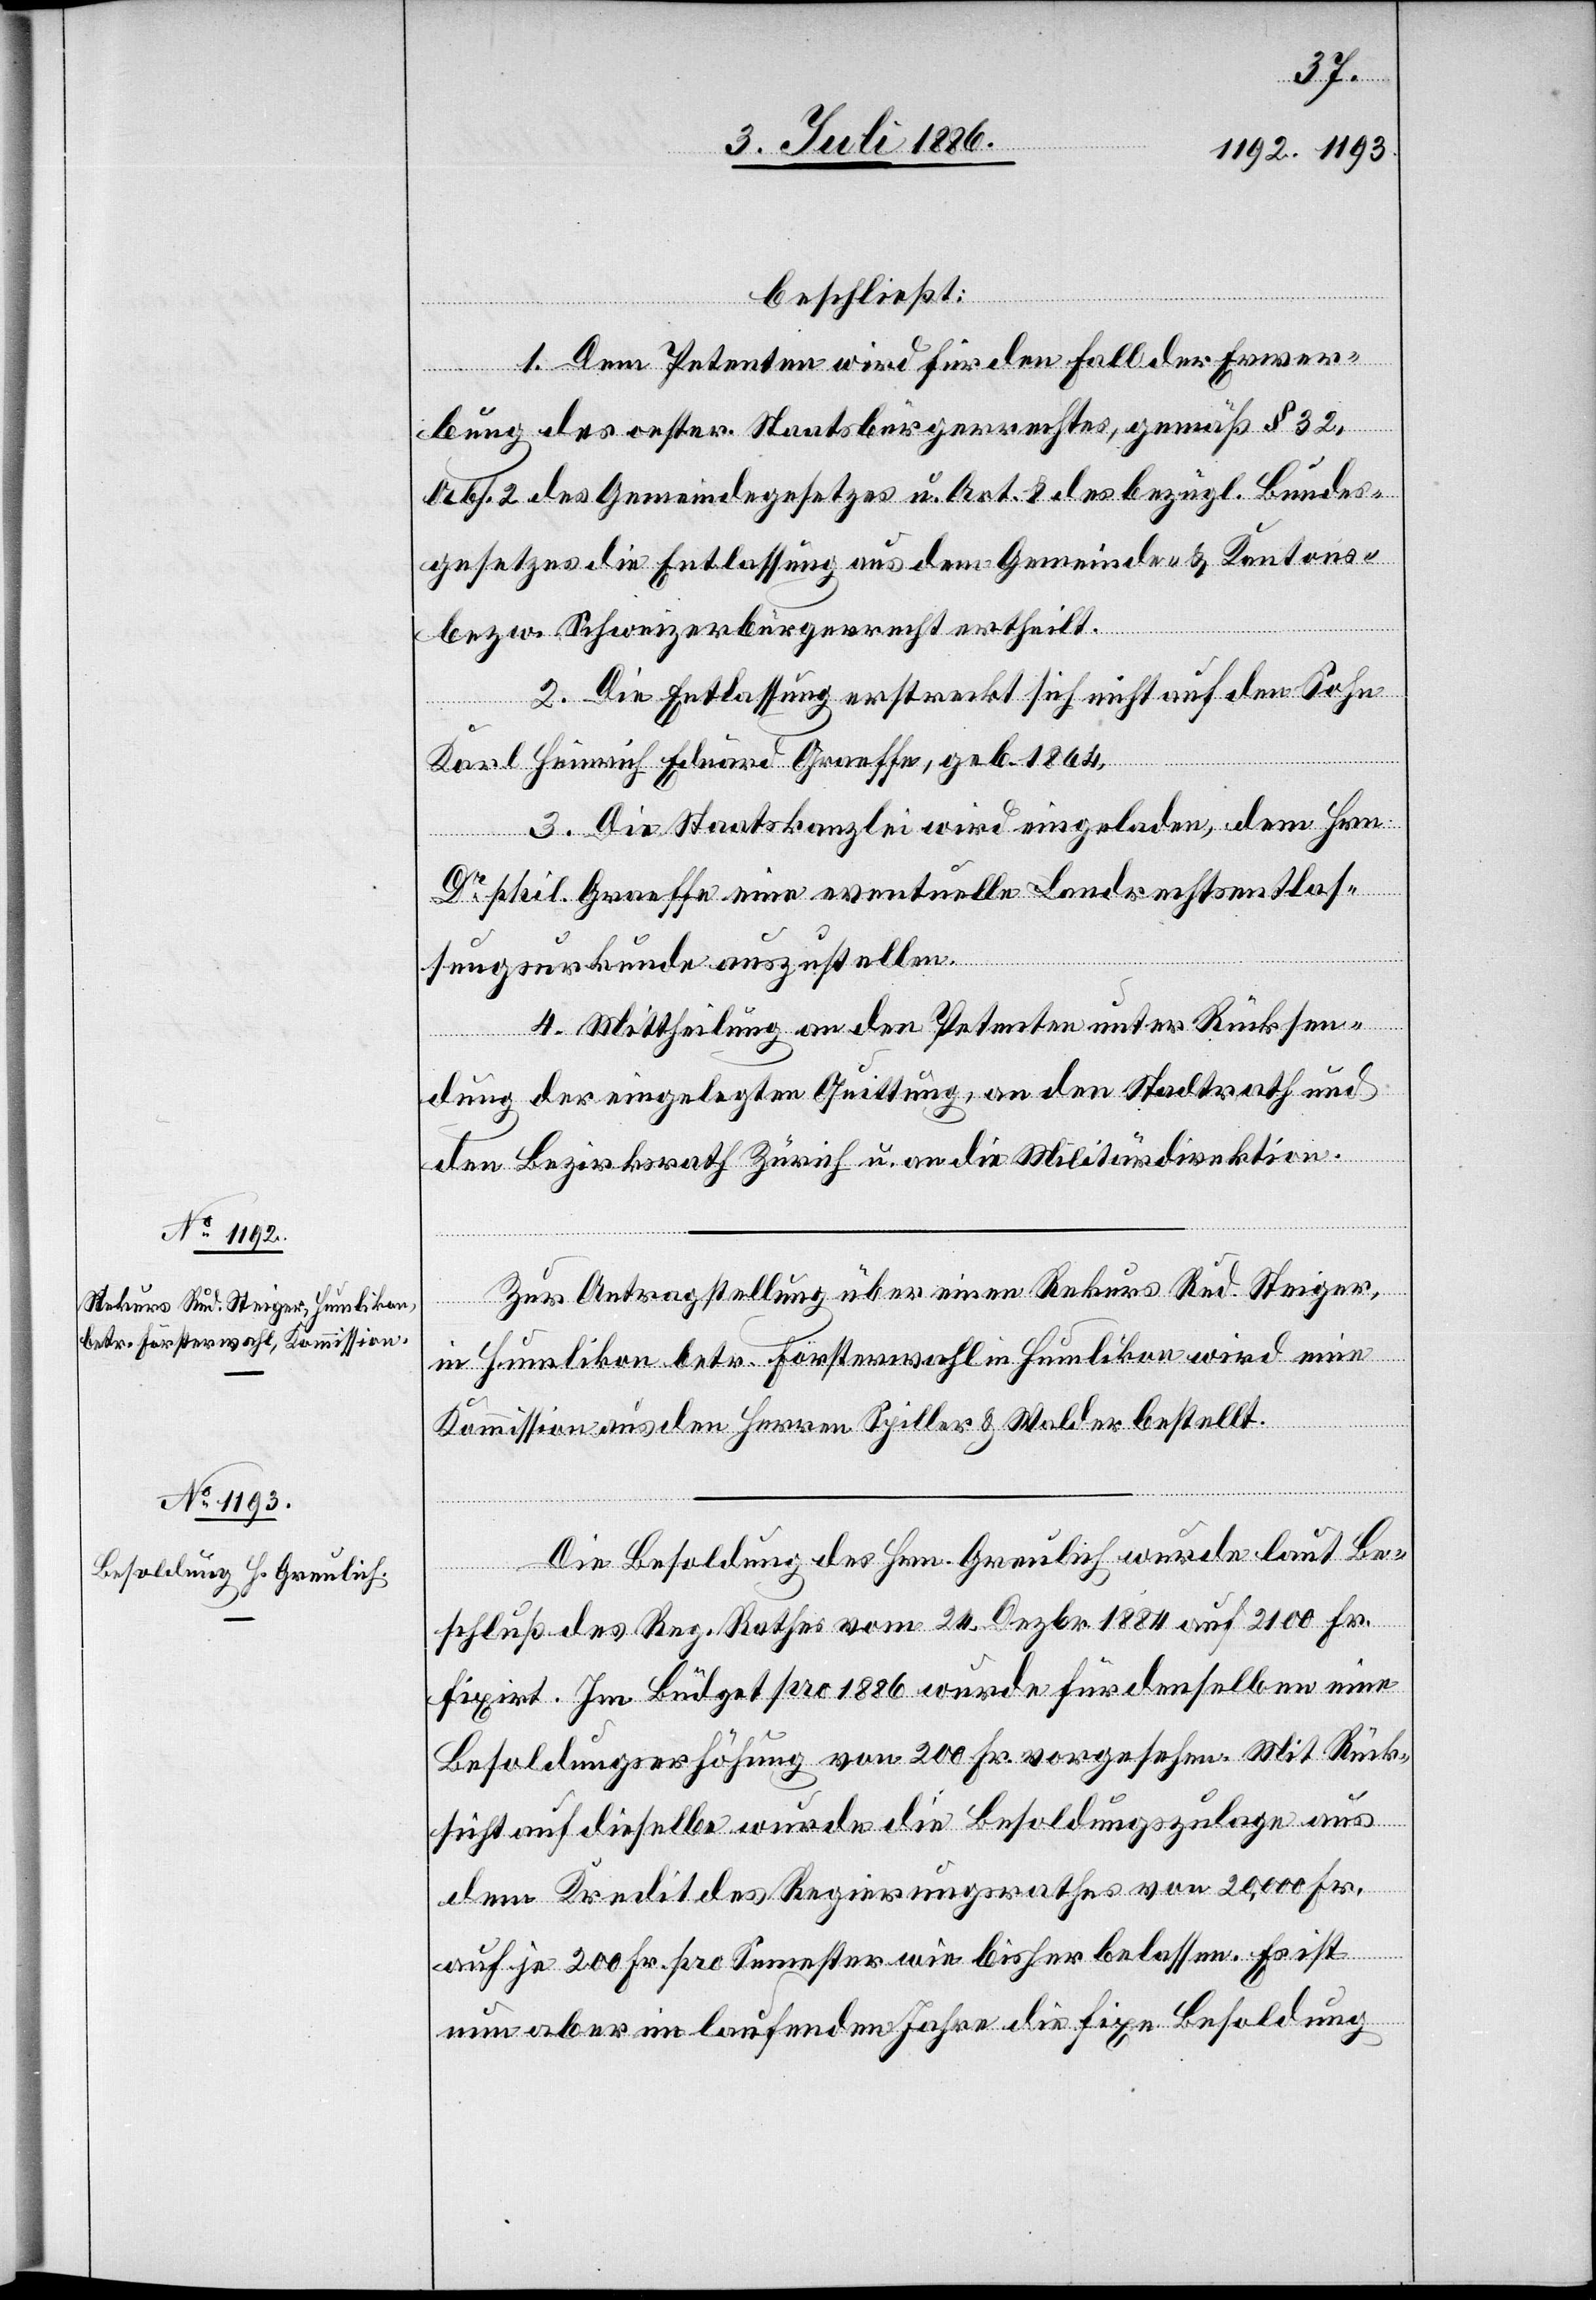
beschließt:
1. Dem Petenten wird für den Fall der Erwer¬
bung des oester. Staatsbürgerrechtes gemäß § 32,
Abs. 2 des Gemeindegesetzes u. Art. 8 des bezügl. Bundes¬
gesetzes die Entlassung aus dem Gemeinde- & Kantons-
bzw. Schweizerbürgerrecht ertheilt.
2. Die Entlassung erstreckt sich nicht auf den Sohn
Karl Heinrich Eduard Graeffe, geb. 1864.
3. Die Staatskanzlei wird eingeladen, dem Hrn.
Dr phil. Graeffe eine eventuelle Landrechtsentlas¬
sungsurkunde auszustellen.
4. Mittheilung an den Petenten unter Rücksen¬
dung der eingelegten Quittung, an den Stadtrath und
den Bezirksrath Zürich u. an die Militärdirektion.
Zur Antragstellung über einen Rekurs Rud. Steiger,
in Humlikon betr. Försterwahl Humlikon wird eine
Kommission aus den Herren Spiller & Walder bestellt.
Die Besoldung des Hrn. Greulich wurde laut Be¬
schluß des Reg. Rathes vom 24. Dezbr. 1884 auf 2100 Fr.
fixirt. Im Büdget pro 1886 wurde für denselben eine
Besoldungserhöhung von 200 Fr. vorgesehen. Mit Rück¬
sicht auf dieselbe wurde die Besoldungszulage aus
dem Kredit des Regierungsrathes von 20,000 Fr.
auf je 200 Fr. pro Semester wie bisher belassen. Es ist
nun aber im laufenden Jahre die fixe Besoldung